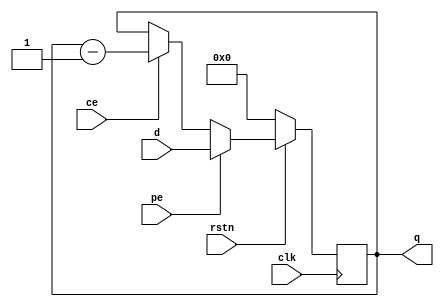
module CNT
    #(
        parameter WIDTH = 16,
        parameter RST_VLU = 0
    )(
    input                   clk,
    input                   rstn,   //
    input                   pe,     //
    input                   ce,     //
    input [WIDTH-1:0]       d,

    output reg [WIDTH-1:0]  q 
    );

    always @(posedge clk) begin
        if(!rstn)   q<=RST_VLU;
        else if(pe) q<=d;
        else if(ce) q<=q-1;
    end
endmodule